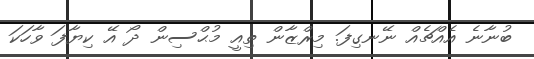
ބުނާނެ އެއްޗެއް ނޭނގިފަ. މިރްޒާން ތިއީ މުޙްސިން ދޯ އޭ ކިޔާފަ ވާހަކަ